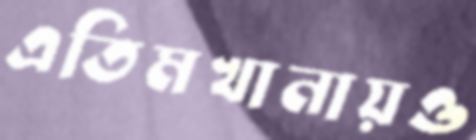
এতিমখানায়ও